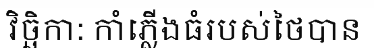
វិច្ឆិកា: កាំភ្លើងធំរបស់ថៃបាន